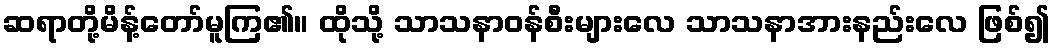
ဆရာတို့မိန့်တော်မူကြ၏။ ထိုသို့ သာသနာဝန်စီးများလေ သာသနာအားနည်းလေ ဖြစ်၍